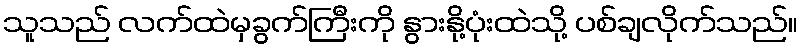
သူသည် လက်ထဲမှခွက်ကြီးကို နွားနို့ပုံးထဲသို့ ပစ်ချလိုက်သည်။